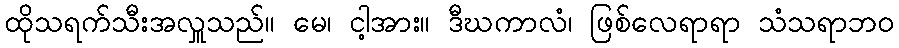
ထိုသရက်သီးအလှူသည်။ မေ၊ ငါ့အား။ ဒီဃကာလံ၊ ဖြစ်လေရာရာ သံသရာဘဝ